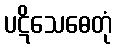
ပဋိသေဓေတုံ